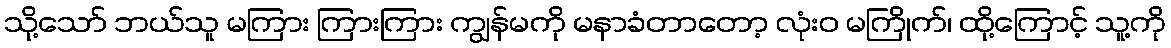
သို့သော် ဘယ်သူ မကြား ကြားကြား ကျွန်မကို မနာခံတာတော့ လုံးဝ မကြိုက်၊ ထို့ကြောင့် သူ့ကို